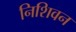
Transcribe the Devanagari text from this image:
निशिवन